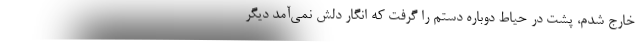
خارج شدم، پشت در حیاط دوباره دستم را گرفت که انگار دلش نمی‌آمد دیگر